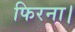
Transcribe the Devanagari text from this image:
फिरना।